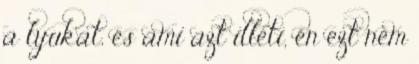
a lyukat, és ami azt illeti, én ezt nem